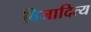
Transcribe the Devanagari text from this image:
विजादित्य